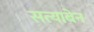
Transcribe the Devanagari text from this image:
सत्याबेन